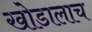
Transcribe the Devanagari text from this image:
खोडालाच